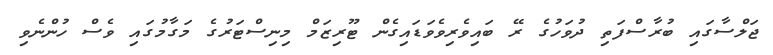
ޖަލްސާގައި ބުރާސްފަތި ދުވަހުގެ ރޭ ބައިވެރިވެވަޑައިގެން ޓޫރިޒަމް މިނިސްޓަރުގެ މަގާމުގައި ވެސް ހުންނެވި